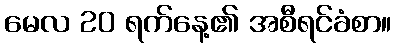
မေလ 20 ရက်နေ့၏ အစီရင်ခံစာ။